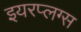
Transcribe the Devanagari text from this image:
इयरप्लग्स